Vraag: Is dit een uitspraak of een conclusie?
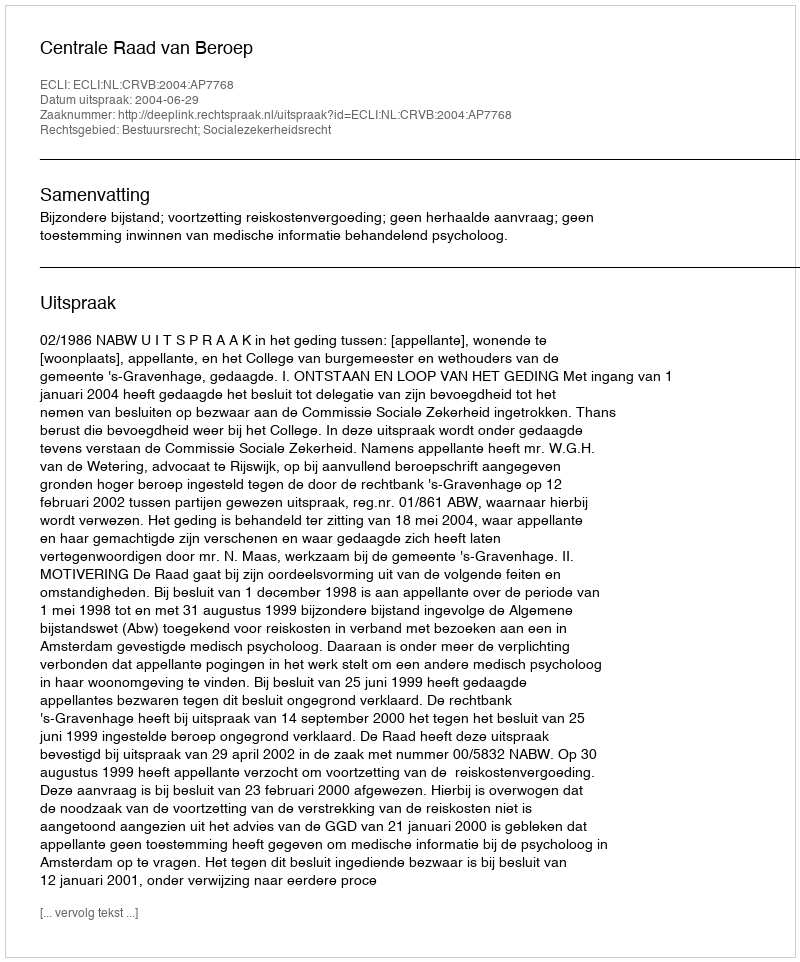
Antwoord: Uitspraak